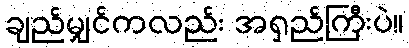
ချည်မျှင်ကလည်း အရှည်ကြီးပဲ။